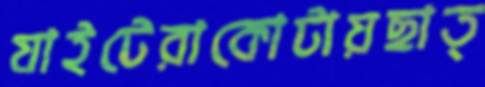
যাইটেরাকোটায়ছাত্